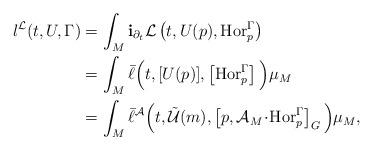
LaTeX: \begin{align*}l^\mathcal{L}(t,U,\Gamma)&=\int_M\mathbf{i}_{\partial_t}\mathcal{L}\left(t,U(p),\operatorname{Hor}^\Gamma_p\right)\\&=\int_M\bar\ell\Big(t,[U(p)],\left[\operatorname{Hor}^\Gamma_p\right]\Big)\mu_M\\&=\int_M\bar\ell^\mathcal{A}\Big(t,\tilde{\mathcal{U}}(m),\left[p,\mathcal{A}_M\!\cdot\!\operatorname{Hor}^\Gamma_p\right]_G\Big)\mu_M,\end{align*}